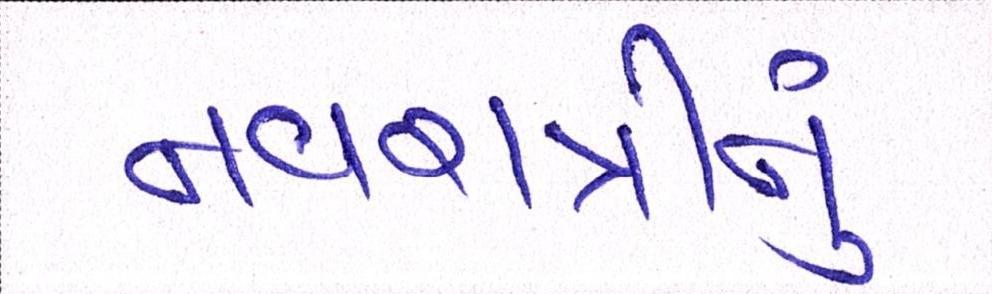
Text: નવરાત્રીનું